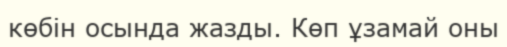
көбін осында жазды. Көп ұзамай оны